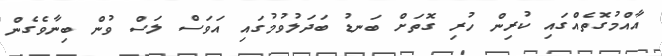
އާއްމުގޮތެއްގައި ކުރިން ހުރި ގޮތަށް ބަނޑު ބަދަލުވުމުގައި އަވަސް ލަސް ވުން ބިނާވެގެން